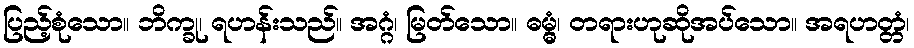
ပြည့်စုံသော။ ဘိက္ခု၊ ရဟန်းသည်။ အဂ္ဂံ၊ မြတ်သော။ ဓမ္မွံ၊ တရားဟုဆိုအပ်သော။ အရဟတ္တံ၊